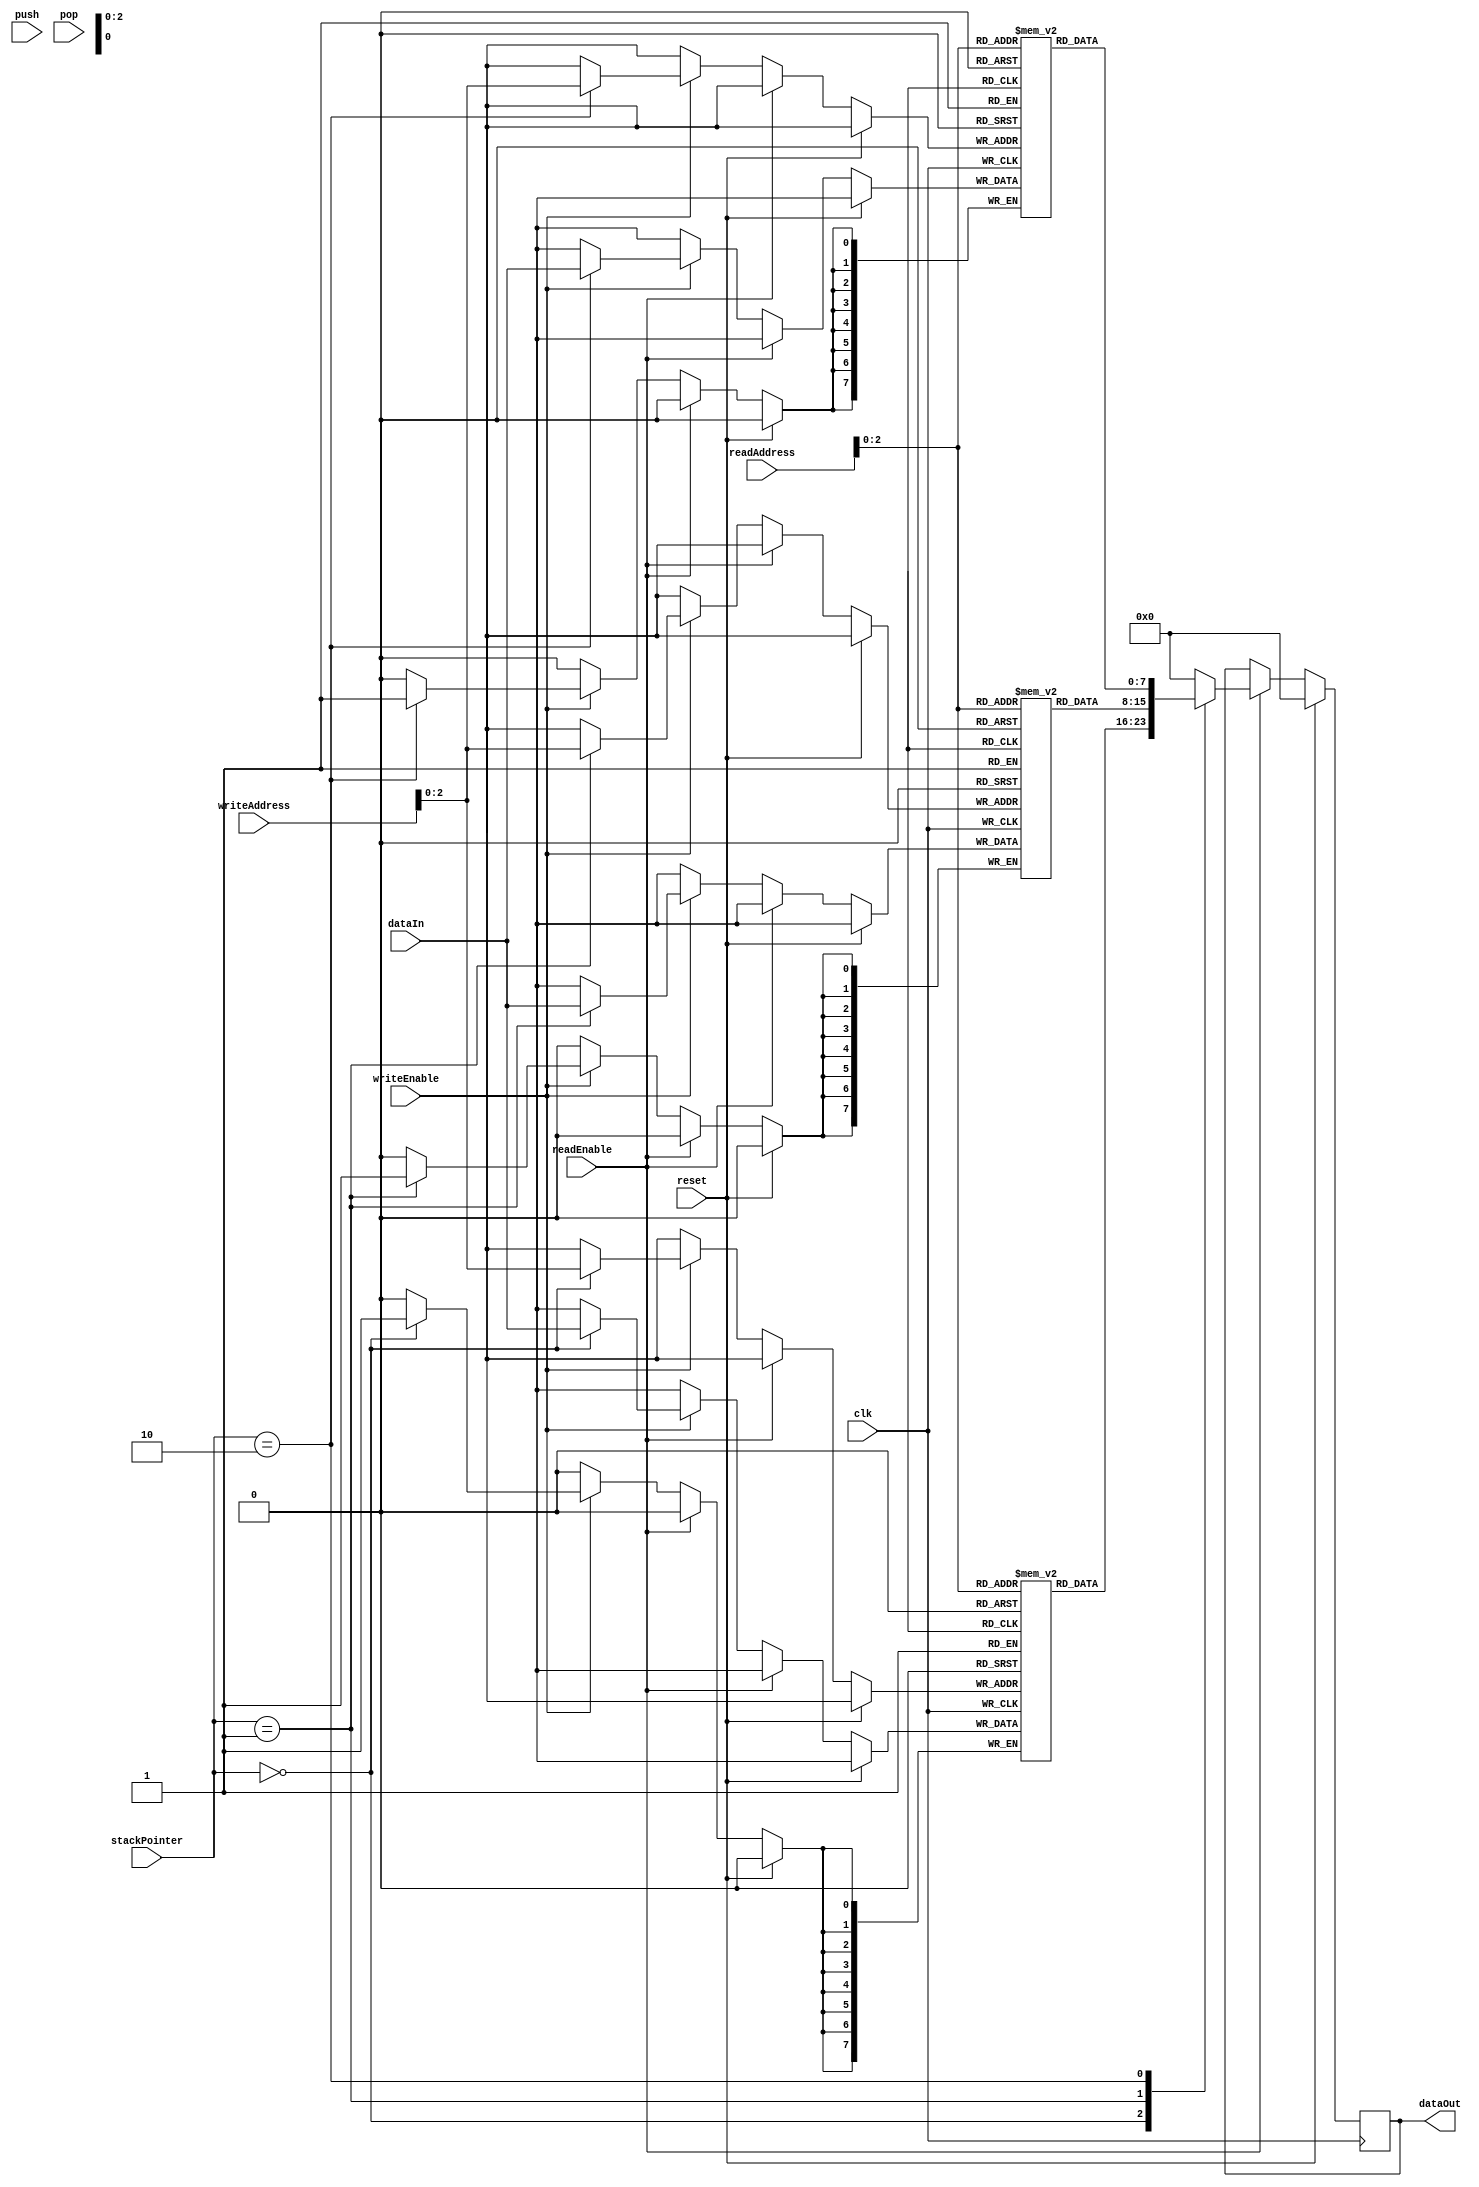
module MemoryBlocksStackRegisterFile (
    input wire clk,
    input wire reset,
    input wire readEnable,
    input wire writeEnable,
    input wire push,
    input wire pop,
    input wire [2:0] stackPointer,
    input wire [3:0] writeAddress,
    input wire [3:0] readAddress,
    input wire [7:0] dataIn,
    output reg [7:0] dataOut
);

reg [7:0] memoryBlock1 [0:7];
reg [7:0] memoryBlock2 [0:7];
reg [7:0] memoryBlock3 [0:7];

always @ (posedge clk) begin
    if (reset) begin
        dataOut <= 8'b0;
    end else if (readEnable) begin
        case (stackPointer)
            3'b000: dataOut <= memoryBlock1[readAddress];
            3'b001: dataOut <= memoryBlock2[readAddress];
            3'b010: dataOut <= memoryBlock3[readAddress];
            default: dataOut <= 8'b0;
        endcase
    end else if (writeEnable) begin
        case (stackPointer)
            3'b000: memoryBlock1[writeAddress] <= dataIn;
            3'b001: memoryBlock2[writeAddress] <= dataIn;
            3'b010: memoryBlock3[writeAddress] <= dataIn;
        endcase
    end else if (push) begin
        // Push operation logic to move stackPointer up
    end else if (pop) begin
        // Pop operation logic to move stackPointer down
    end
end

endmodule